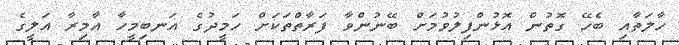
ހާލަތާއި ބެހޭ ގޮތުން އޮޅުންފިލުވުމަށް ބޭނުންވާ ފަރާތްތަކަށް ހަމީދުގެ އަނބިމީހާ އާމިރާ އަލީގެ